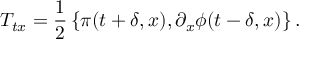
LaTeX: T _ { t x } = { \frac { 1 } { 2 } } \left\{ \pi ( t + \delta , x ) , \partial _ { x } \phi ( t - \delta , x ) \right\} .